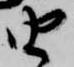
由